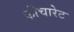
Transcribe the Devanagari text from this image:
फीचारेट